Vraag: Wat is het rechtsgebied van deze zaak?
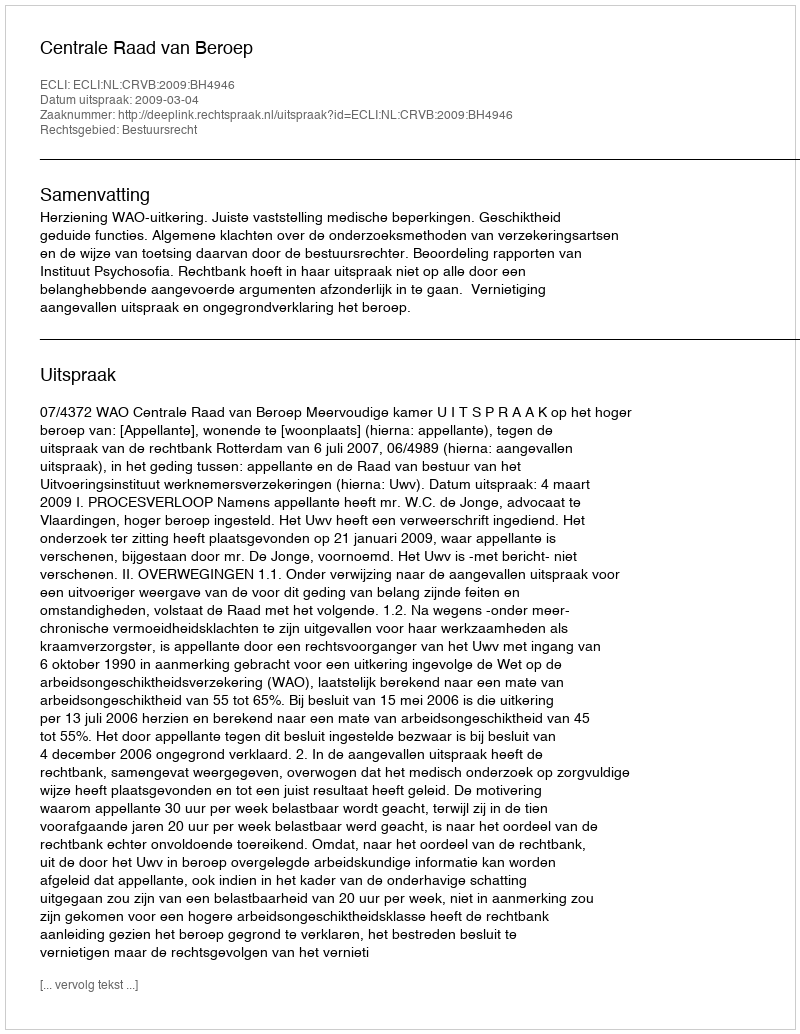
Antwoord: Bestuursrecht